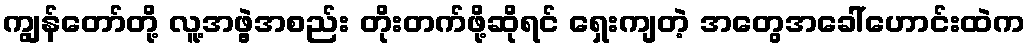
ကျွန်တော်တို့ လူ့အဖွဲ့အစည်း တိုးတက်ဖို့ဆိုရင် ရှေးကျတဲ့ အတွေအခေါ်ဟောင်းထဲက